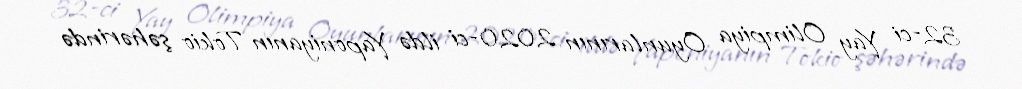
32-ci Yay Olimpiya Oyunlarının 2020-ci ildə Yaponiyanın Tokio şəhərində